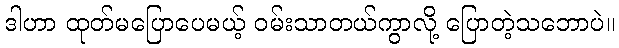
ဒါဟာ ထုတ်မပြောပေမယ့် ဝမ်းသာတယ်ကွာလို့ ပြောတဲ့သဘောပဲ။